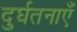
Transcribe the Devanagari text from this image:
दुर्घतनाएँ